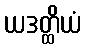
ယဒတ္ထိယံ